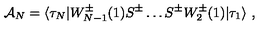
{ \cal A } _ { N } = \langle \tau _ { N } | W _ { N - 1 } ^ { \pm } ( 1 ) S ^ { \pm } \ldots S ^ { \pm } W _ { 2 } ^ { \pm } ( 1 ) | \tau _ { 1 } \rangle \ ,